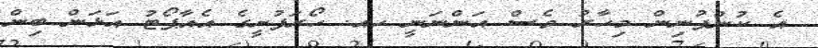
އެ ކުންފުނިން މިހާރު ވެސް އަންނަނީ ހއ. ހޯރަފުށީގެ އެއާޕޯޓު އަޅަން ބިން